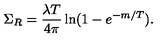
\Sigma _ { R } = \frac { \lambda T } { 4 \pi } \ln ( 1 - e ^ { - m / T } ) .